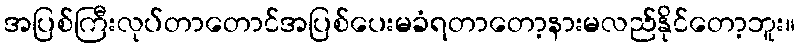
အပြစ်ကြီးလုပ်တာတောင်အပြစ်ပေးမခံရတာတော့နားမလည်နိုင်တော့ဘူး။